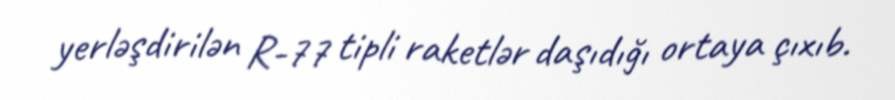
yerləşdirilən R-77 tipli raketlər daşıdığı ortaya çıxıb.